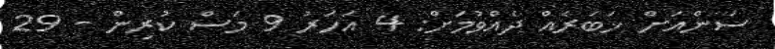
ސަންއަށް ޚަބަރެއް ދެއްވުމަށް: 4 އަހަރު 9 މަސް ކުރިން - 29